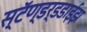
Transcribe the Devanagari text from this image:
स्टॅण्डर्डडाईझ